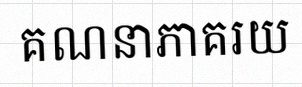
គណនាភាគរយ